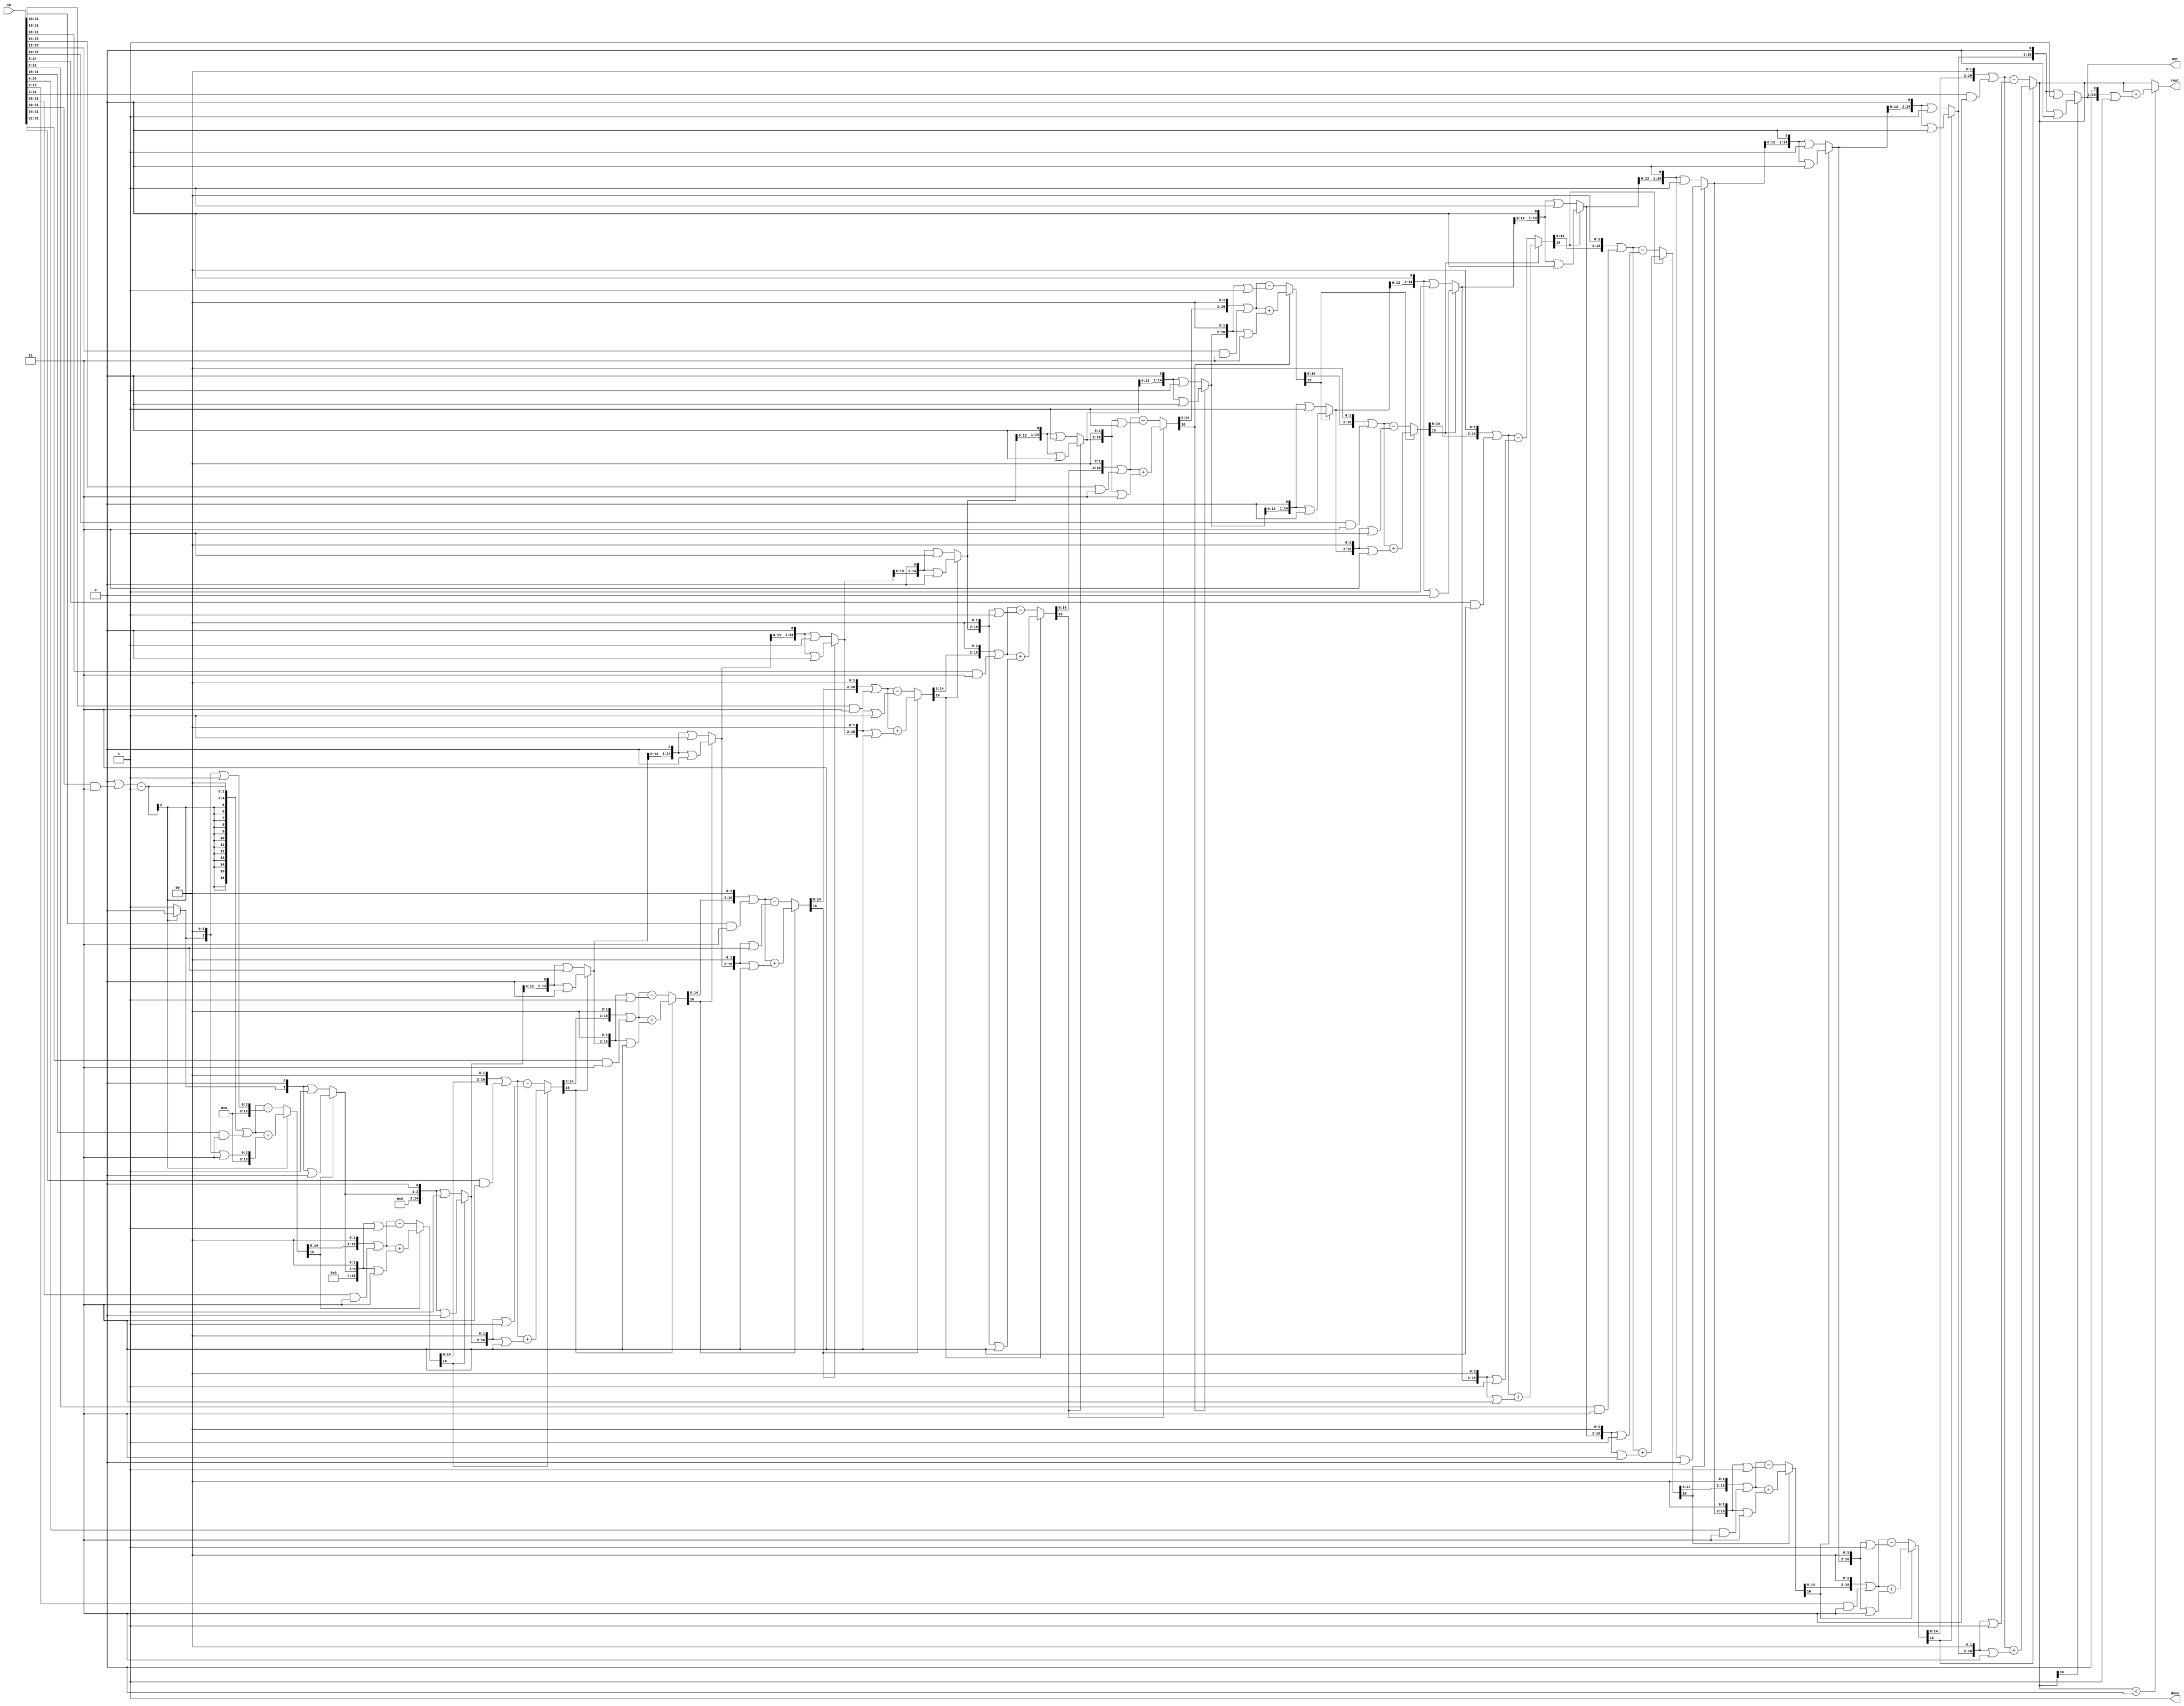
// This program was cloned from: https://github.com/VeriGOOD-ML/public
// License: Apache License 2.0

`timescale 1ns/1ps
module sqrt (
	in,	//in should be unsigned
  	out,
  	rout,
  	done
);
	//--------------------------------------------------------------------------------------
	parameter inLen = 32;	//length of sqrt is dataLen/2
    parameter qLen = inLen / 2;
	parameter rLen = inLen / 2 + 1;
	//--------------------------------------------------------------------------------------

	//--------------------------------------------------------------------------------------
	input [inLen - 1 : 0 ]  in;
	output [qLen - 1 : 0 ] out;
	output signed [rLen - 1 : 0] rout;
	output reg done;
	//--------------------------------------------------------------------------------------
integer i;
reg signed [rLen - 1 : 0] r;
reg [qLen - 1 : 0] q;

always @ (in) begin
    done = 0;
	r = 0;
	q = 0;

	for (i = inLen / 2 - 1; i >= 0 ; i = i - 1) begin
		#1
		if (r[rLen - 1] == 0) begin
			r = (r << 2) | (in >> (i + i) & 3);
			r = r - ((q << 2) | 1);
		end else begin
			r = (r << 2) | (in >> (i + i) & 3);
			r = r + ((q << 2) | 3);
		end

		if (r[rLen - 1] == 0) begin
			q = (q << 1) | 1;
		end else begin
			q = (q << 1) | 0;
		end
	end
    if (r<0) r= r+((q<<1)|1);
    done = 1;
end
assign out = q;
assign rout = r;

endmodule